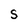
Character: S